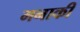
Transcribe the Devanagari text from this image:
मनाकी